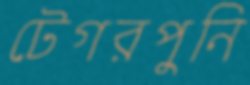
টেগরপুনি